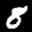
Label: 8